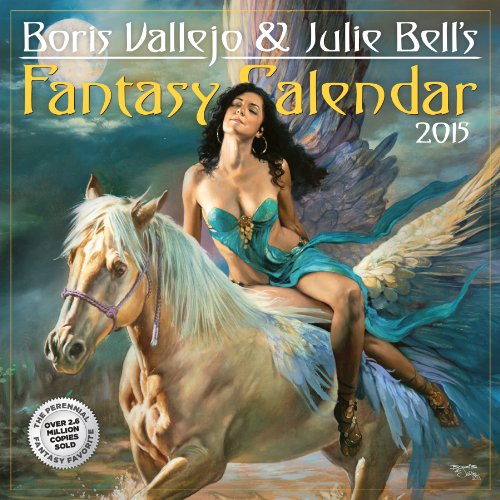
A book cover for Boris Vallejo & Julie Bell's Fantasy 2015 Calendar; Calendars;